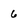
Character: 6